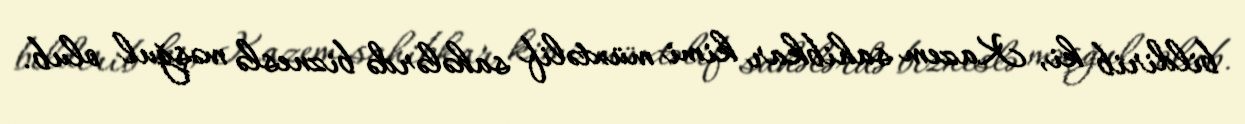
bildirib ki, Kazem sahibkar kimi müxtəlif sahələrdə bizneslə məşğul olub.